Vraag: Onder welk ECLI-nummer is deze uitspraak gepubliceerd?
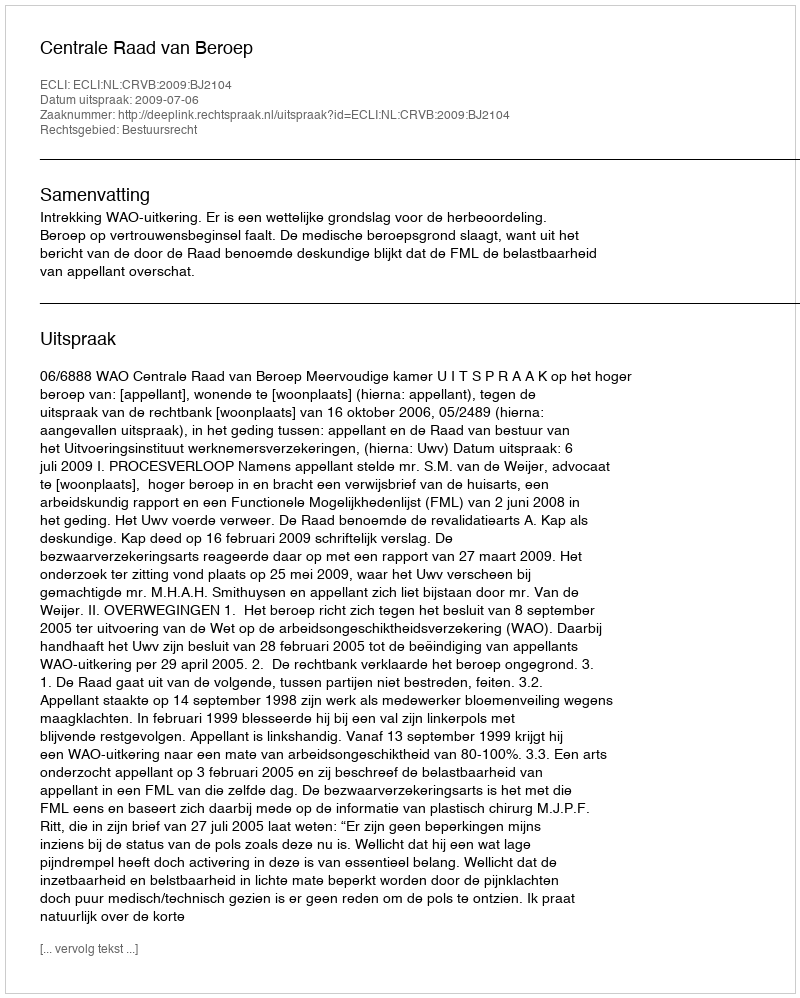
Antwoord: ECLI:NL:CRVB:2009:BJ2104